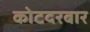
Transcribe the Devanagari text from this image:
कोटदरबार